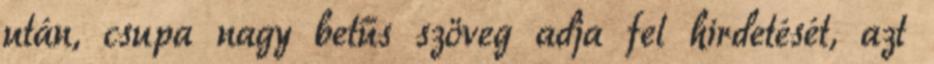
után, csupa nagy betűs szöveg adja fel hirdetését, azt